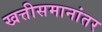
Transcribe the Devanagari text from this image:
खत्तीसमानांतर